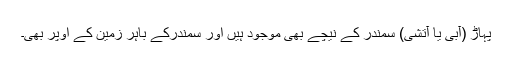
پہاڑ (آبی یا آتشی) سمندر کے نیچے بھی موجود ہیں اور سمندرکے باہر زمین کے اوپر بھی۔